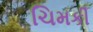
ચિમકી